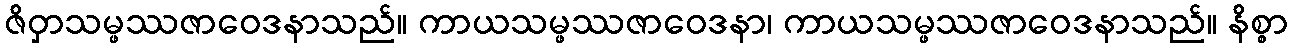
ဇိဝှာသမ္ဖဿဇာဝေဒနာသည်။ ကာယသမ္ဖဿဇာဝေဒနာ၊ ကာယသမ္ဖဿဇာဝေဒနာသည်။ နိစ္စာ